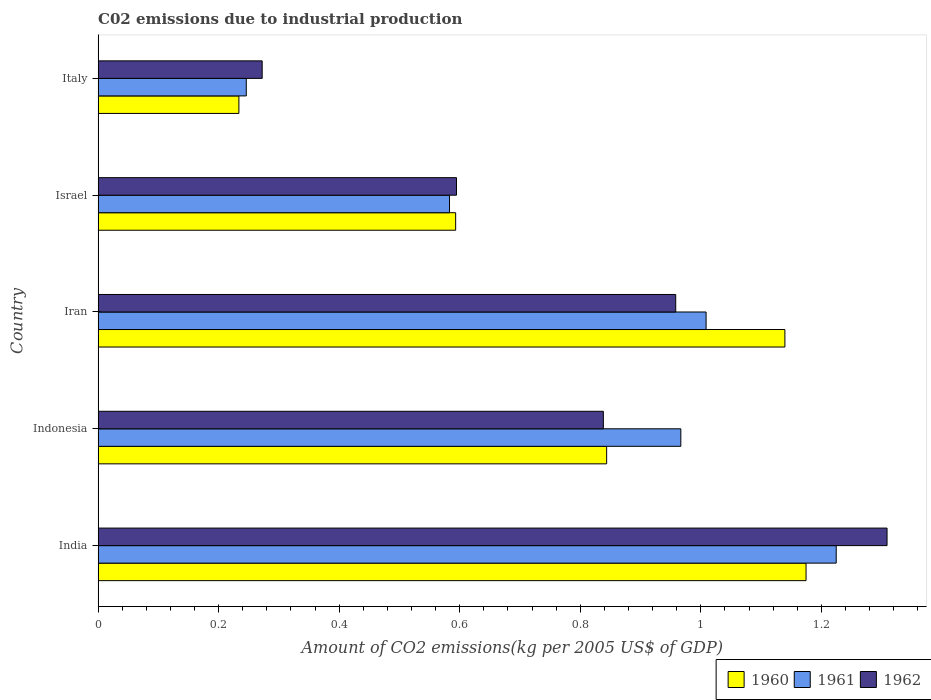
| Country | 1960 | 1961 | 1962 |
 | --- | --- | --- | --- |
 | India | 1.17 | 1.22 | 1.31 |
 | Indonesia | 0.844 | 0.967 | 0.838 |
 | Iran | 1.14 | 1.01 | 0.958 |
 | Israel | 0.593 | 0.583 | 0.595 |
 | Italy | 0.234 | 0.246 | 0.272 |